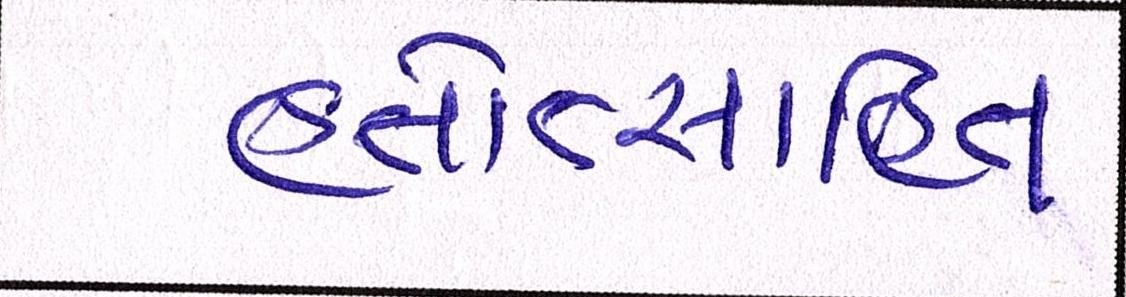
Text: હતોત્સાહિત